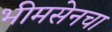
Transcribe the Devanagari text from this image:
भीमसेनचा